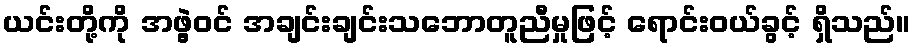
ယင်းတို့ကို အဖွဲ့ဝင် အချင်းချင်းသဘောတူညီမှုဖြင့် ရောင်းဝယ်ခွင့် ရှိသည်။